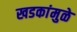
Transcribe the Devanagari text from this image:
खडकांमुळे